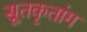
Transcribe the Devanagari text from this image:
सूतकृतांग